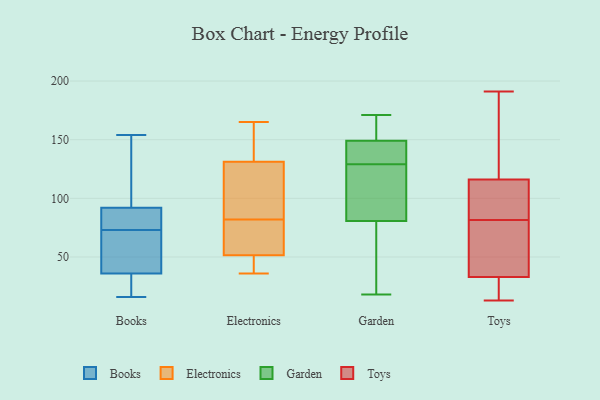
{"axis": {"x": "Energy Usage (MWh)", "y": "Value"}, "legend": ["Books", "Electronics", "Garden", "Toys"], "data": [{"x": "", "y": 92, "type": "Books"}, {"x": "", "y": 88, "type": "Books"}, {"x": "", "y": 27, "type": "Books"}, {"x": "", "y": 88, "type": "Books"}, {"x": "", "y": 116, "type": "Books"}, {"x": "", "y": 116, "type": "Books"}, {"x": "", "y": 36, "type": "Books"}, {"x": "", "y": 154, "type": "Books"}, {"x": "", "y": 72, "type": "Books"}, {"x": "", "y": 74, "type": "Books"}, {"x": "", "y": 18, "type": "Books"}, {"x": "", "y": 55, "type": "Books"}, {"x": "", "y": 16, "type": "Books"}, {"x": "", "y": 52, "type": "Books"}, {"x": "", "y": 69, "type": "Electronics"}, {"x": "", "y": 165, "type": "Electronics"}, {"x": "", "y": 48, "type": "Electronics"}, {"x": "", "y": 115, "type": "Electronics"}, {"x": "", "y": 117, "type": "Electronics"}, {"x": "", "y": 62, "type": "Electronics"}, {"x": "", "y": 136, "type": "Electronics"}, {"x": "", "y": 47, "type": "Electronics"}, {"x": "", "y": 82, "type": "Electronics"}, {"x": "", "y": 161, "type": "Electronics"}, {"x": "", "y": 36, "type": "Electronics"}, {"x": "", "y": 136, "type": "Garden"}, {"x": "", "y": 137, "type": "Garden"}, {"x": "", "y": 129, "type": "Garden"}, {"x": "", "y": 159, "type": "Garden"}, {"x": "", "y": 153, "type": "Garden"}, {"x": "", "y": 79, "type": "Garden"}, {"x": "", "y": 77, "type": "Garden"}, {"x": "", "y": 18, "type": "Garden"}, {"x": "", "y": 110, "type": "Garden"}, {"x": "", "y": 86, "type": "Garden"}, {"x": "", "y": 171, "type": "Garden"}, {"x": "", "y": 19, "type": "Garden"}, {"x": "", "y": 157, "type": "Garden"}, {"x": "", "y": 137, "type": "Garden"}, {"x": "", "y": 101, "type": "Garden"}, {"x": "", "y": 116, "type": "Toys"}, {"x": "", "y": 26, "type": "Toys"}, {"x": "", "y": 51, "type": "Toys"}, {"x": "", "y": 13, "type": "Toys"}, {"x": "", "y": 191, "type": "Toys"}, {"x": "", "y": 172, "type": "Toys"}, {"x": "", "y": 112, "type": "Toys"}, {"x": "", "y": 84, "type": "Toys"}, {"x": "", "y": 79, "type": "Toys"}, {"x": "", "y": 85, "type": "Toys"}, {"x": "", "y": 152, "type": "Toys"}, {"x": "", "y": 33, "type": "Toys"}, {"x": "", "y": 39, "type": "Toys"}, {"x": "", "y": 18, "type": "Toys"}]}